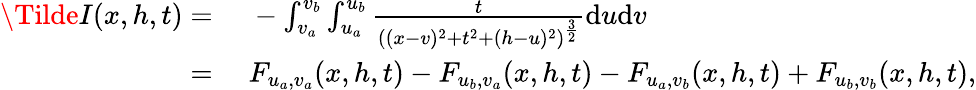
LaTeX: \begin{array}{rl}{\Tilde{I}(x,h,t)={}}&{{}-\int_{v_{a}}^{v_{b}}\int_{u_{a}}^{u_{b}}\frac{t}{\left((x-v)^{2}+t^{2}+(h-u)^{2}\right)^{\frac{3}{2}}}\mathrm{d}u\mathrm{d}v}\\ {={}}&{{}F_{u_{a},v_{a}}(x,h,t)-F_{u_{b},v_{a}}(x,h,t)-F_{u_{a},v_{b}}(x,h,t)+F_{u_{b},v_{b}}(x,h,t),}\end{array}